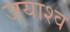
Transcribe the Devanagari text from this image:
जयाश्व